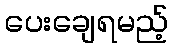
ပေးချေရမည့်